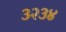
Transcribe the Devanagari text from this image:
३२३४